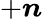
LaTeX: +\boldsymbol{n}